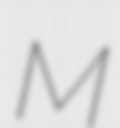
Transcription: M